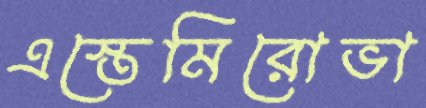
এস্তেমিরোভা